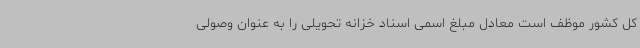
کل کشور موظف است معادل مبلغ اسمی اسناد خزانه تحویلی را به عنوان وصولی